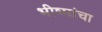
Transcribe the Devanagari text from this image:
भीष्मांचा